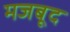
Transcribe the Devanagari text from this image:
मजबूद